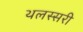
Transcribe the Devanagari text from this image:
थलस्सरी